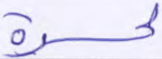
لحسرة